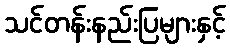
သင်တန်းနည်းပြများနှင့်